Annual administration report of the Civil Veterinary Department of India - 1898-1899
Year: 1898
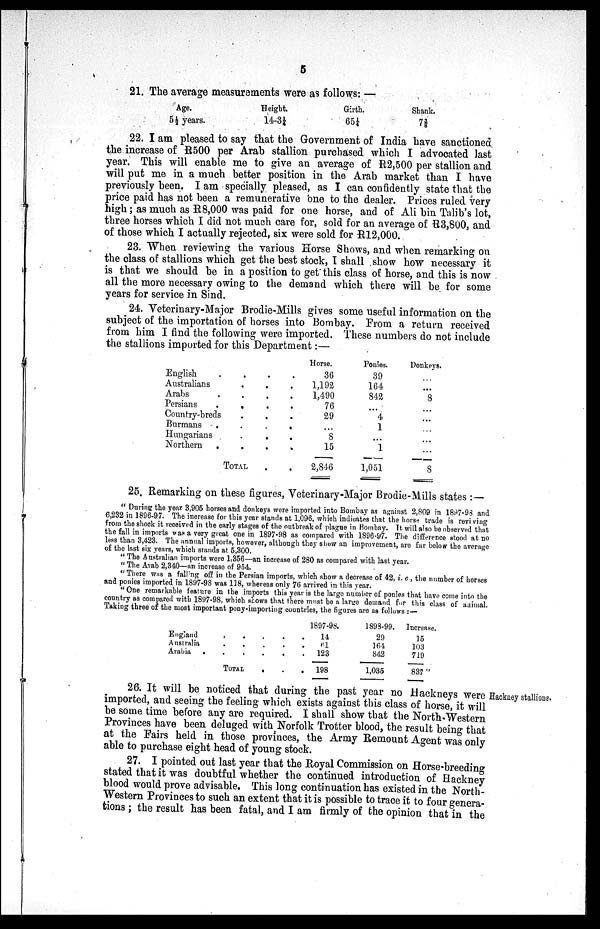
5
21. The average measurements were as follows: —
Age.
5½ years.
Height.
14-3¼
Girth.
65¼
Shank.
7⅜
22. I am pleased to say that the Government of India have sanctioned
the increase of R500 per Arab stallion purchased which I advocated last
year. This will enable me to give an average of R2,500 per stallion and
will put me in a much better position in the Arab market than I have
previously been. I am specially pleased, as I can confidently state that the
price paid has not been a remunerative one to the dealer. Prices ruled very
high; as much as R8,000 was paid for one horse, and of Ali bin Talib's lot,
three horses which I did not much care for, sold for an average of R3,800, and
of those which I actually rejected, six were sold for R12,000.
23. When reviewing the various Horse Shows, and when remarking on
the class of stallions which get the best stock, I shall show how necessary it
is that we should be in a position to get this class of horse, and this is now
all the more necessary owing to the demand which there will be for some
years for service in Sind.
24. Veterinary-Major Brodie-Mills gives some useful information on the
subject of the importation of horses into Bombay. From a return received
from him I find the following were imported. These numbers do not include
the stallions imported for this Department:—
English . . . .
Australians . . .
Arabs . . . .
Persians . . . .
Country-breds . . . .
Burmans . . . .
Hungarians . . . .
Northern . . . .
TOTAL
Horse.
36
1,192
1,490
76
29
...
8
15
2,846
Ponies.
39
164
842
...
4
1
...
1
1,051
Donkeys.
...
...
8
...
...
...
...
...
8
25. Remarking on these figures, Veterinary-Major Brodie-Mills states:—
"During the year 3,905 horses and donkeys were imported into Bombay as against 2,809 in 1897-98 and
6,232 in 1896-97. The increase for this year stands at 1,096, which indicates that the horse trade is reviving
from the shock it received in the early stages of the outbreak of plague in Bombay. It will also be observed that
the fall in imports was a very great one in 1897-98 as compared with 1896-97. The difference stood at no
less than 3,423. The annual imports, however, although they show an improvement, are far below the average
of the last six years, which stands at 5,300.
"The Australian imports were 1,356—an increase of 280 as compared with last year.
"The Arab 2,340—an increase of 954.
"There was a falling off in the Persian imports, which show a decrease of 42, i. c , the number of horses
and ponies imported in 1897-98 was 118, whereas only 76 arrived in this year.
"One remarkable feature in the imports this year is the large number of ponies that have come into the
country as compared with 1897-98, which shows that there must be a large demand for this class of animal.
Taking three of the most important pony-importing countries, the figures are as follows:—
England . . . . .
Australia . . . . .
Arabia . . . . . .
TOTAL . . . . .
1897-98.
11
61
123
198
1893-99.
29
164
842
1,035
Incrense.
15
103
719
837
Hackney stallions.
26. It will be noticed that during the past year no Hackneys were
imported, and seeing the feeling which exists against this class of horse, it will
be some time before any are required. I shall show that the North-Western
Provinces have been deluged with Norfolk Trotter blood, the result being that
at the Fairs held in those provinces, the Army Remount Agent was only
able to purchase eight head of young stock.
27. I pointed out last year that the Royal Commission on Horse-breeding
stated that it was doubtful whether the continued introduction of Hackney
blood would prove advisable. This long continuation has existed in the North
estern Provinces to such an extent that it is possible to trace it to four genera
tions; the result has been fatal, and I am firmly of the opinion that in the